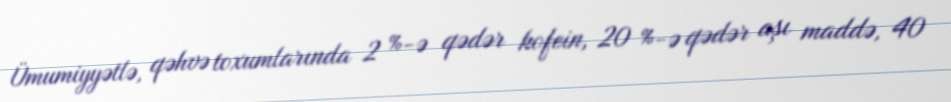
Ümumiyyətlə, qəhvə toxumlarında 2 %-ə qədər kofein, 20 %-ə qədər aşı maddə, 40